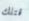
قتلك